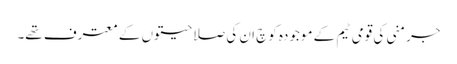
جرمنی کی قومی ٹیم کے موجودہ کوچ ان کی صلاحیتوں کے معترف تھے۔